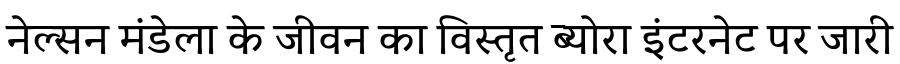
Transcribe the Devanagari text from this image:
नेल्सन मंडेला के जीवन का विस्तृत ब्योरा इंटरनेट पर जारी